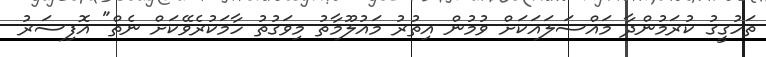
ތަހުގީގު ކުރަމުންދާ މައްސަލައަކަށް ވުމުން އިތުރު މައުލޫމާތު މިވަގުތު ހާމަކުރެވޭކަށް ނެތް" އޮފިސަރު